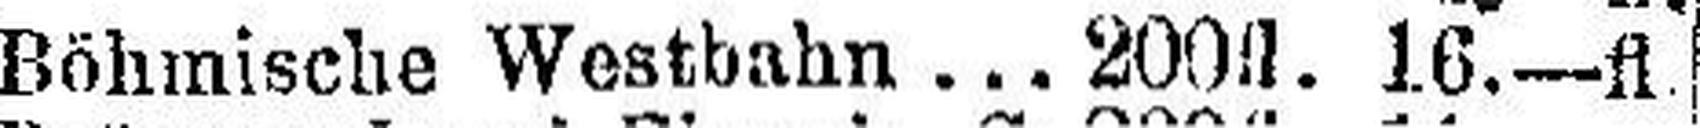
Böhmische Westbahn 200 fl. 16— fl.